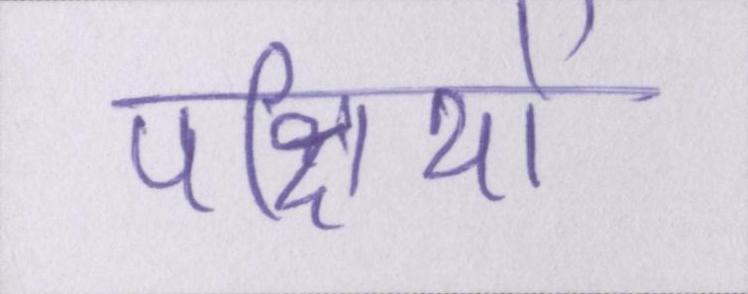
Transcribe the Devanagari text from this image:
पक्षियों